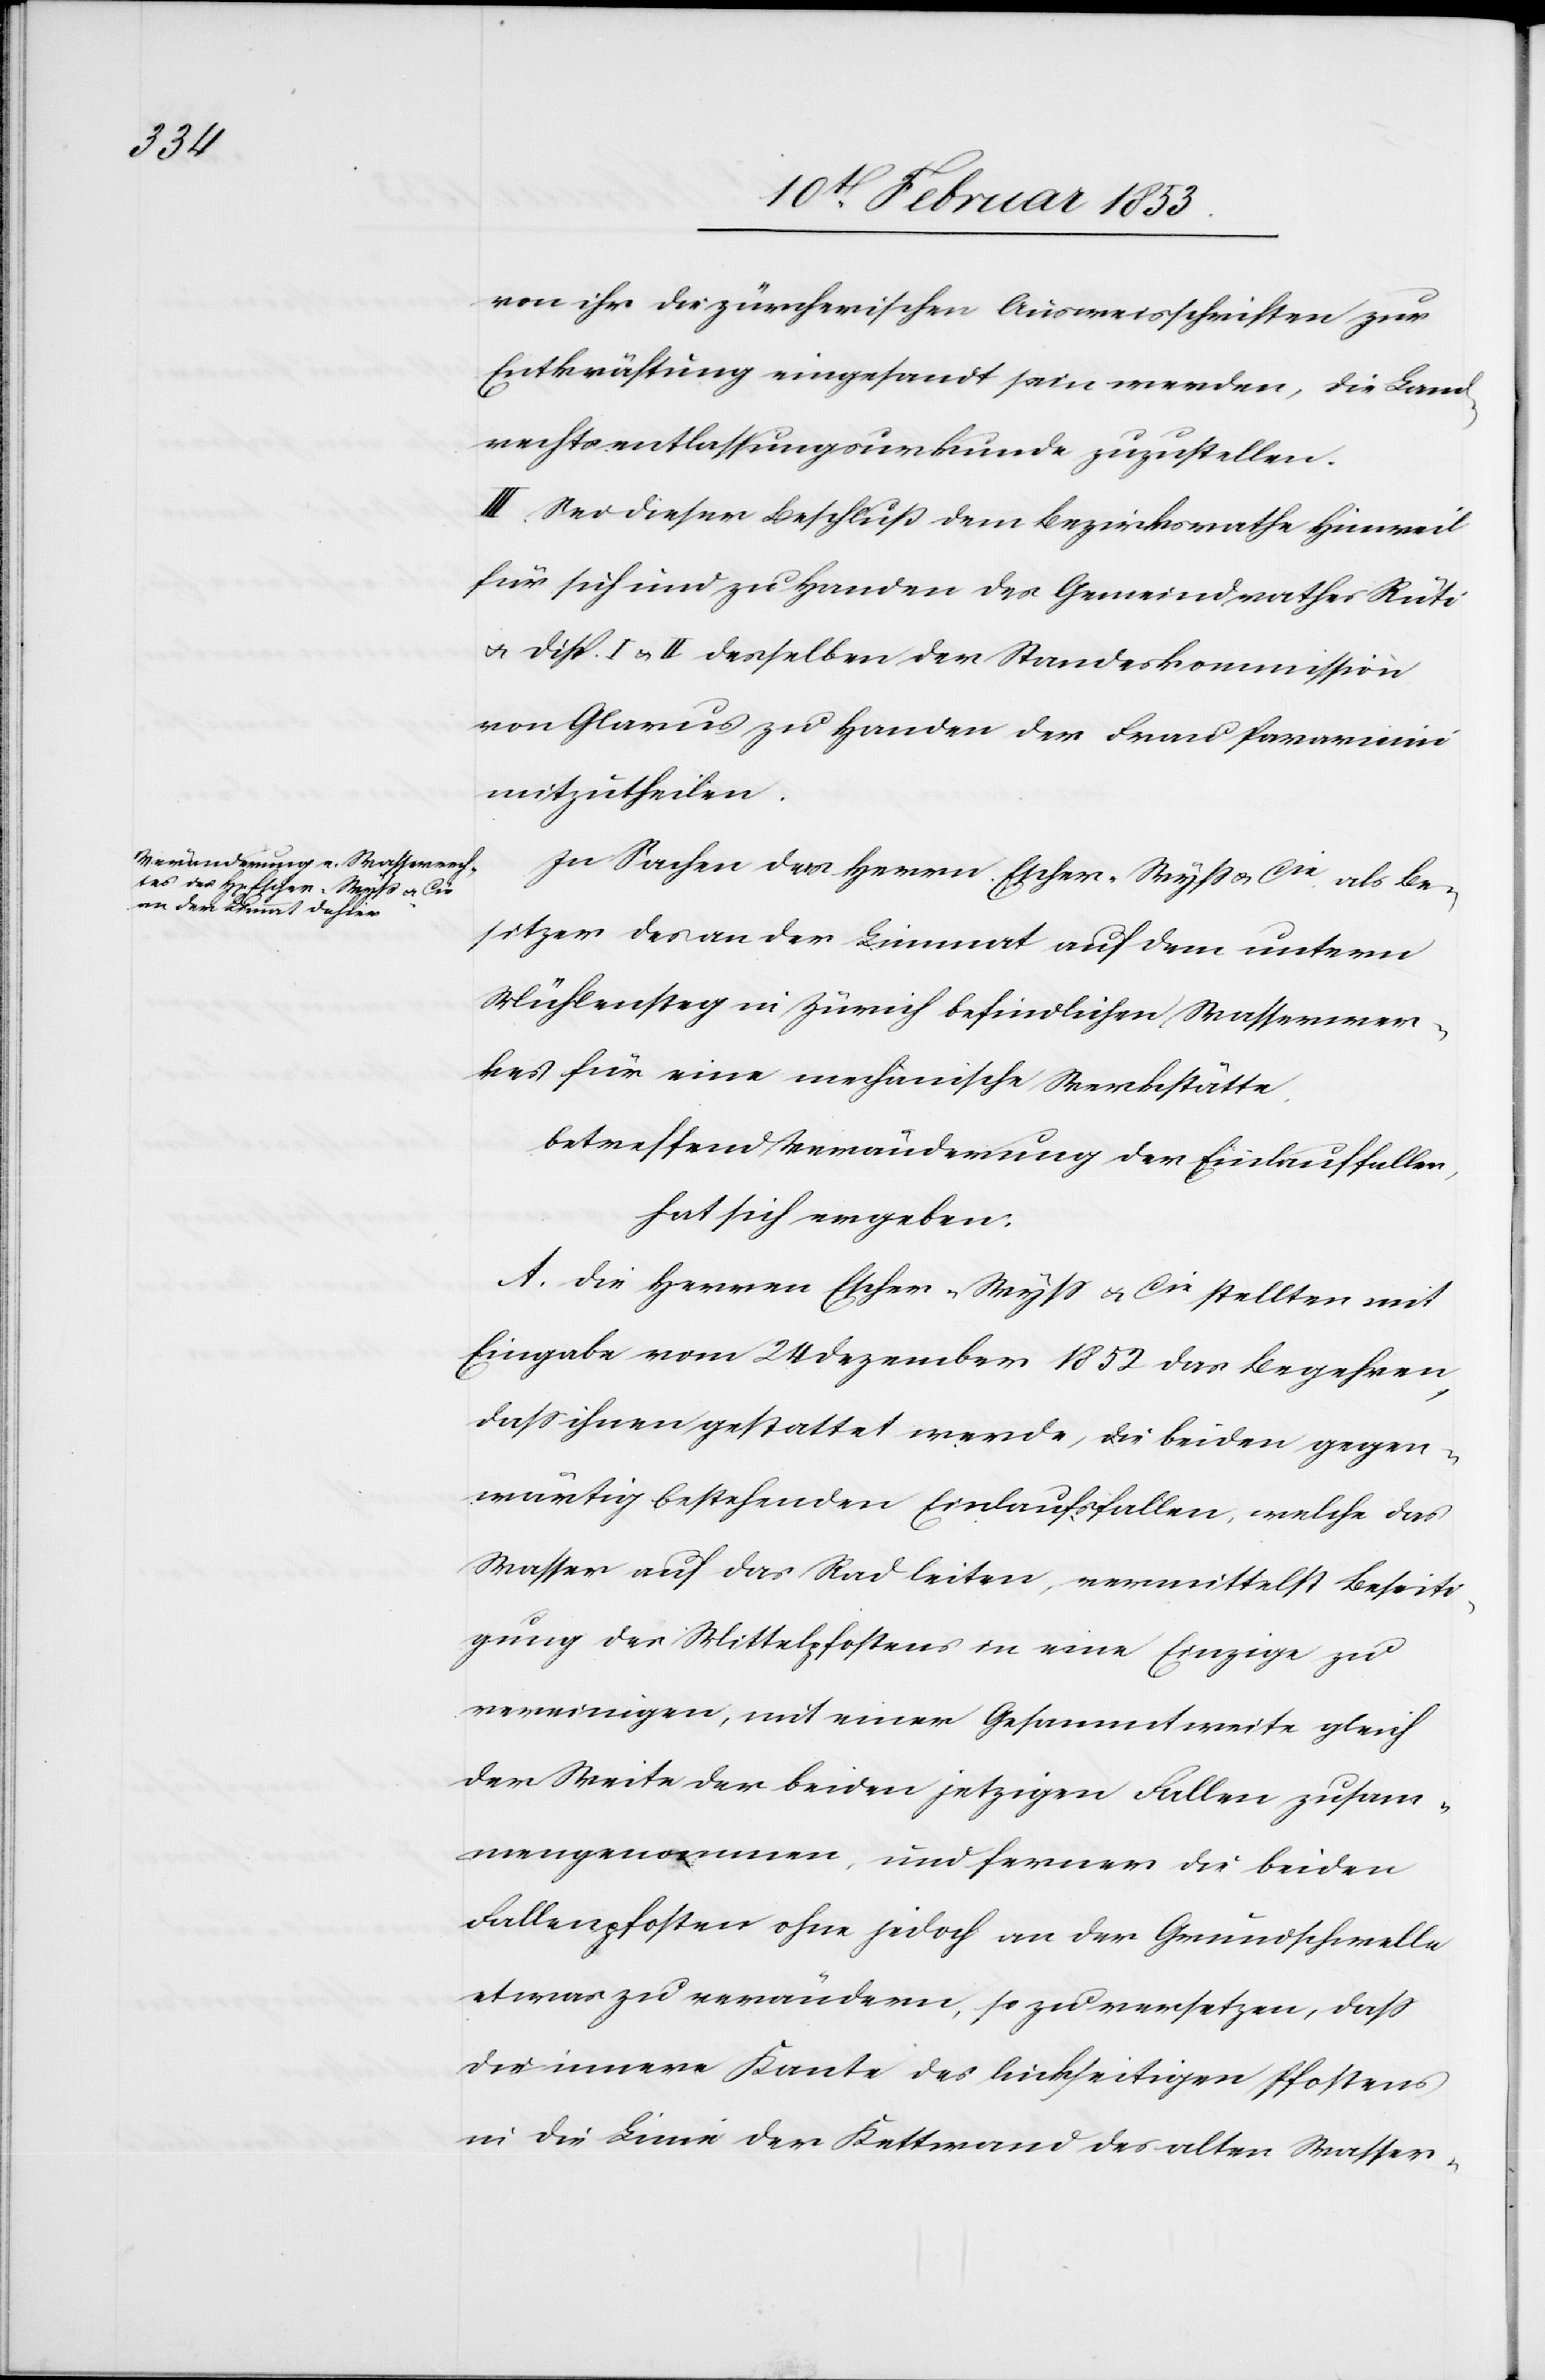
von ihr die zürcherischen Ausweisschriften zur
Entkräftigung eingesandt sein werden, die Land¬
rechtsentlassungsurkunde zuzustellen.
III. Sei dieser Beschluß dem Bezirksrathe Hinweil
für sich und zu Handen des Gemeindrathes Rüti
u. Disp. I. u. II. derselben der Standeskommission
von Glarus zu Handen der Frau Paravicini
mitzutheilen.
In Sachen des Herrn Escher-Wyß u. Cie als Be¬
sitzer der an der Limmat auf den unterm
Mühlensteg in Zürich befindlichen Wasserwer¬
kes für eine mechanische Werkstätte.
betreffend Veränderung der Einlaufstellen,
hat sich ergeben:
Die Herren Escher-Wyß u. Cie stellten mit
Eingabe vom 24 Dezember 1852 das Begehren,
daß ihnen gestattet werde, die beiden gegen¬
wärtig bestehenden Einlaufsfallen, welche das
Wasser auf das Rad leiten, vermittelst Beseiti¬
gung der Mittelpfosten in eine Einzige zu
vereinigen, mit einer Gesammtweise gleich
der Weite der beiden jetzigen Fallen zusam¬
mengenommen, und ferner die beiden
Fallenpfosten ohne jedoch an der Grundschwelle
etwas zu verändern, so zu versetzen, daß
die innere Kante des linkseitigen Pfostens
in die Linie der Kettenwand des alten Wasser-